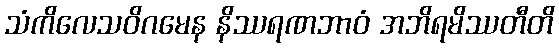
သံကိလေသဝိဂမေန နိဿရဏဘာဝံ အဘိရမိဿတီတိ